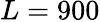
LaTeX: L=900